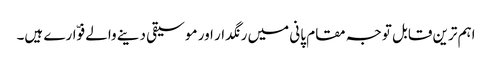
اہم ترین قابل توجہ مقام پانی میں رنگدار اور موسیقی دینے والے فوّارے ہیں۔